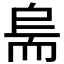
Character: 𱻱